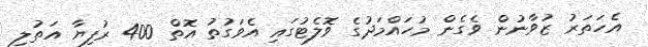
އެހަތަރު ޒުވާނުން ވެގެން މުހައްމަދުގެ ވޮލެޓުގައި އެވަގުތު އޮތް 400 ރުފިޔާ އަތުލި